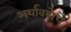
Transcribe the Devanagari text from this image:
अर्थावबोधे